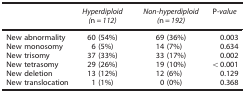
|  | Hyperdiploid (n=112) | Non-hyperdiploid (n=192) | P-value |
 | --- | --- | --- | --- |
 | New abnormality | 60 (54%) | 69 (36%) | 0.003 |
 | New monosomy | 6 (5%) | 14 (7%) | 0.634 |
 | New trisomy | 37 (33%) | 33 (17%) | 0.002 |
 | New tetrasomy | 29 (26%) | 19 (10%) | <0.001 |
 | New deletion | 13 (12%) | 12 (6%) | 0.129 |
 | New translocation | 1 (1%) | 0 (0%) | 0.368 |